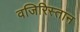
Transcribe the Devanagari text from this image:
वजिरिस्तान